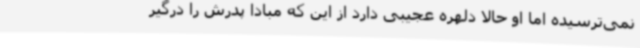
نمی‌ترسیده اما او حالا دلهره عجیبی دارد از این که مبادا پدرش را درگیر